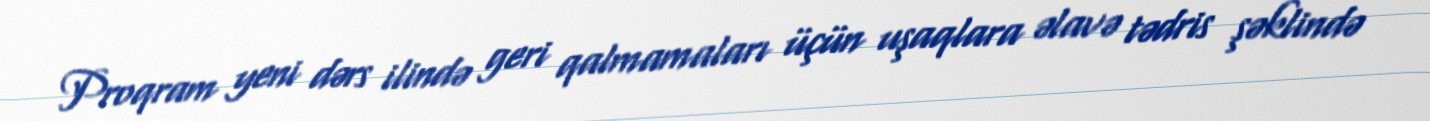
Proqram yeni dərs ilində geri qalmamaları üçün uşaqlara əlavə tədris şəklində